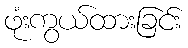
ဖုံးကွယ်ထားခြင်း